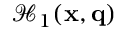
\mathcal { H } _ { 1 } ( \mathbf { x } , \mathbf { q } )